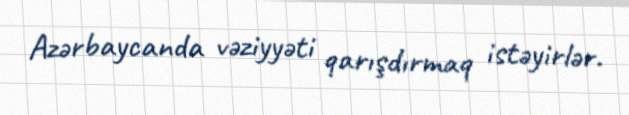
Azərbaycanda vəziyyəti qarışdırmaq istəyirlər.